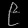
Digit: ၉